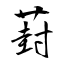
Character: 葑